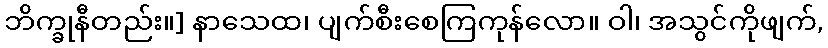
ဘိက္ခုနီတည်း။] နာသေထ၊ ပျက်စီးစေကြကုန်လော။ ဝါ၊ အသွင်ကိုဖျက်,